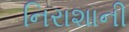
નિરાશાની